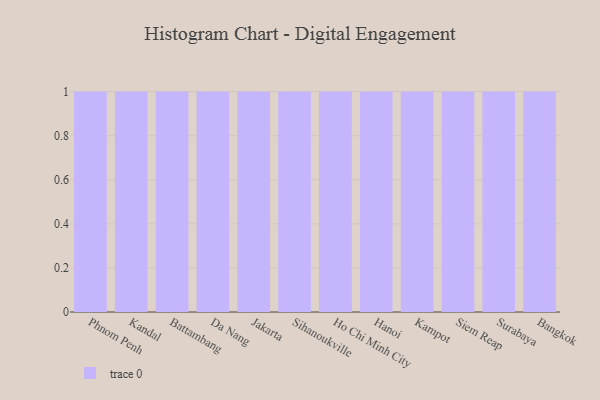
{"axis": {"x": "City", "y": "Latency (ms)"}, "legend": [""], "data": [{"x": "Phnom Penh", "y": 13, "type": ""}, {"x": "Kandal", "y": 12, "type": ""}, {"x": "Battambang", "y": 26, "type": ""}, {"x": "Da Nang", "y": 18, "type": ""}, {"x": "Jakarta", "y": 22, "type": ""}, {"x": "Sihanoukville", "y": 26, "type": ""}, {"x": "Ho Chi Minh City", "y": 23, "type": ""}, {"x": "Hanoi", "y": 1, "type": ""}, {"x": "Kampot", "y": 41, "type": ""}, {"x": "Siem Reap", "y": 5, "type": ""}, {"x": "Surabaya", "y": 40, "type": ""}, {"x": "Bangkok", "y": 93, "type": ""}]}